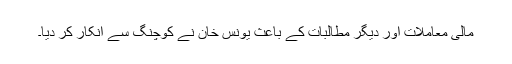
مالی معاملات اور دیگر مطالبات کے باعث یونس خان نے کوچنگ سے انکار کر دیا۔